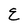
Character: Z